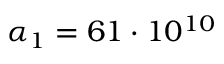
\alpha _ { 1 } = 6 1 \cdot 1 0 ^ { 1 0 }